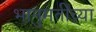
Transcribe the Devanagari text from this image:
भानुमतीच्या